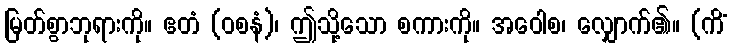
မြတ်စွာဘုရားကို။ ဧတံ (ဝစနံ)၊ ဤသို့သော စကားကို။ အဝေါစ၊ လျှောက်၏။ (ကိံ